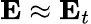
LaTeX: \mathbf{E}\approx\mathbf{E}_{t}